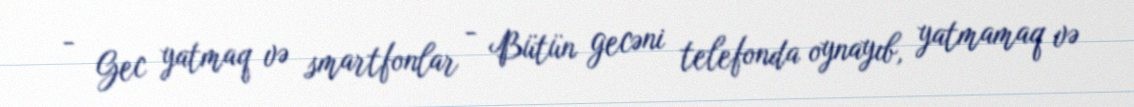
- Gec yatmaq və smartfonlar - Bütün gecəni telefonda oynayıb, yatmamaq və